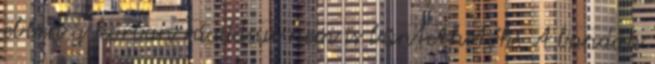
ebben a korban ráadásul nem is büntethetők. A bandák